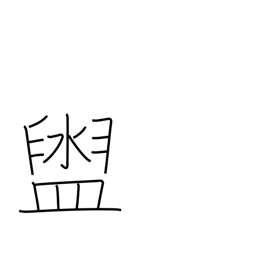
Meaning: washbasin